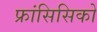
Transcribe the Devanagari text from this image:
फ्रांसिसिको